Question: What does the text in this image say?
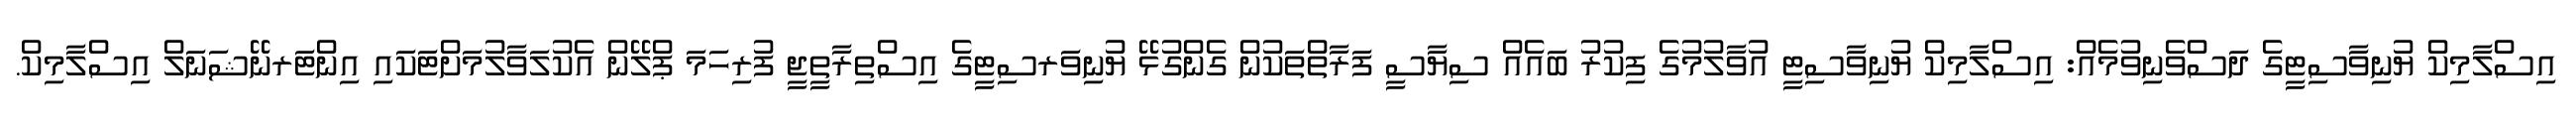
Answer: އިސްލާމިކް ޔުނިވާސިޓީގެ ދަސްވެނިވުމެއް: އިސްލާމިކް ޔުނިވާސިޓީ އުވާލުމުގެ ފިކުރު ބައެއް ސިޔާސީ ފަރާތްތަކުން ގެންގުޅޭ ޔުނިވަރސިޓީގެ އިސްތިރާތީޖީ ފުރިހަމަ ޕްލޭން އެކުލަވާލުމަށްޓަކައި އިންޓަރނޭޝަނަލް އިސްލާމިކް.